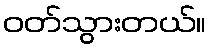
ဝတ်သွားတယ်။